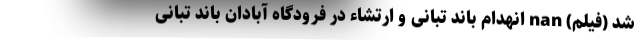
شد (فیلم) nan انهدام باند تبانی و ارتشاء در فرودگاه آبادان باند تبانی